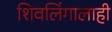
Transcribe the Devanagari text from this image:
शिवलिंगालाही